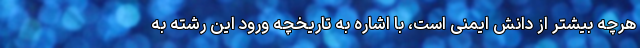
هرچه بیشتر از دانش ایمنی است، با اشاره به تاریخچه ورود این رشته به